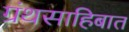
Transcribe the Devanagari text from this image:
ग्रंथसाहिबात